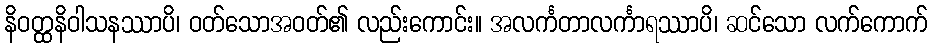
နိဝတ္ထနိဝါသနဿာပိ၊ ဝတ်သောအဝတ်၏ လည်းကောင်း။ အလင်္ကတာလင်္ကာရဿာပိ၊ ဆင်သော လက်ကောက်